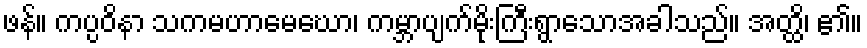
ဖန်။ ကပ္ပဝိနာ သကမဟာမေဃော၊ ကမ္ဘာပျက်မိုးကြီးရွာသောအခါသည်။ အတ္ထိ၊ ၏။